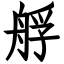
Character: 艀